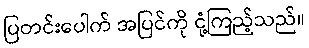
ပြတင်းပေါက် အပြင်ကို ငုံ့ကြည့်သည်။